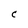
Character: C